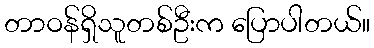
တာဝန်ရှိသူတစ်ဦးက ပြောပါတယ်။